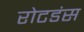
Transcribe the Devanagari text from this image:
रोटडंस